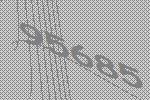
95685